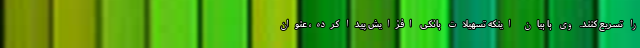
را تسریع کنند. وی با بیان اینکه تسهیلات بانکی افزایش پیدا کرده، عنوان